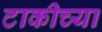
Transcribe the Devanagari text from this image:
टाकीच्या